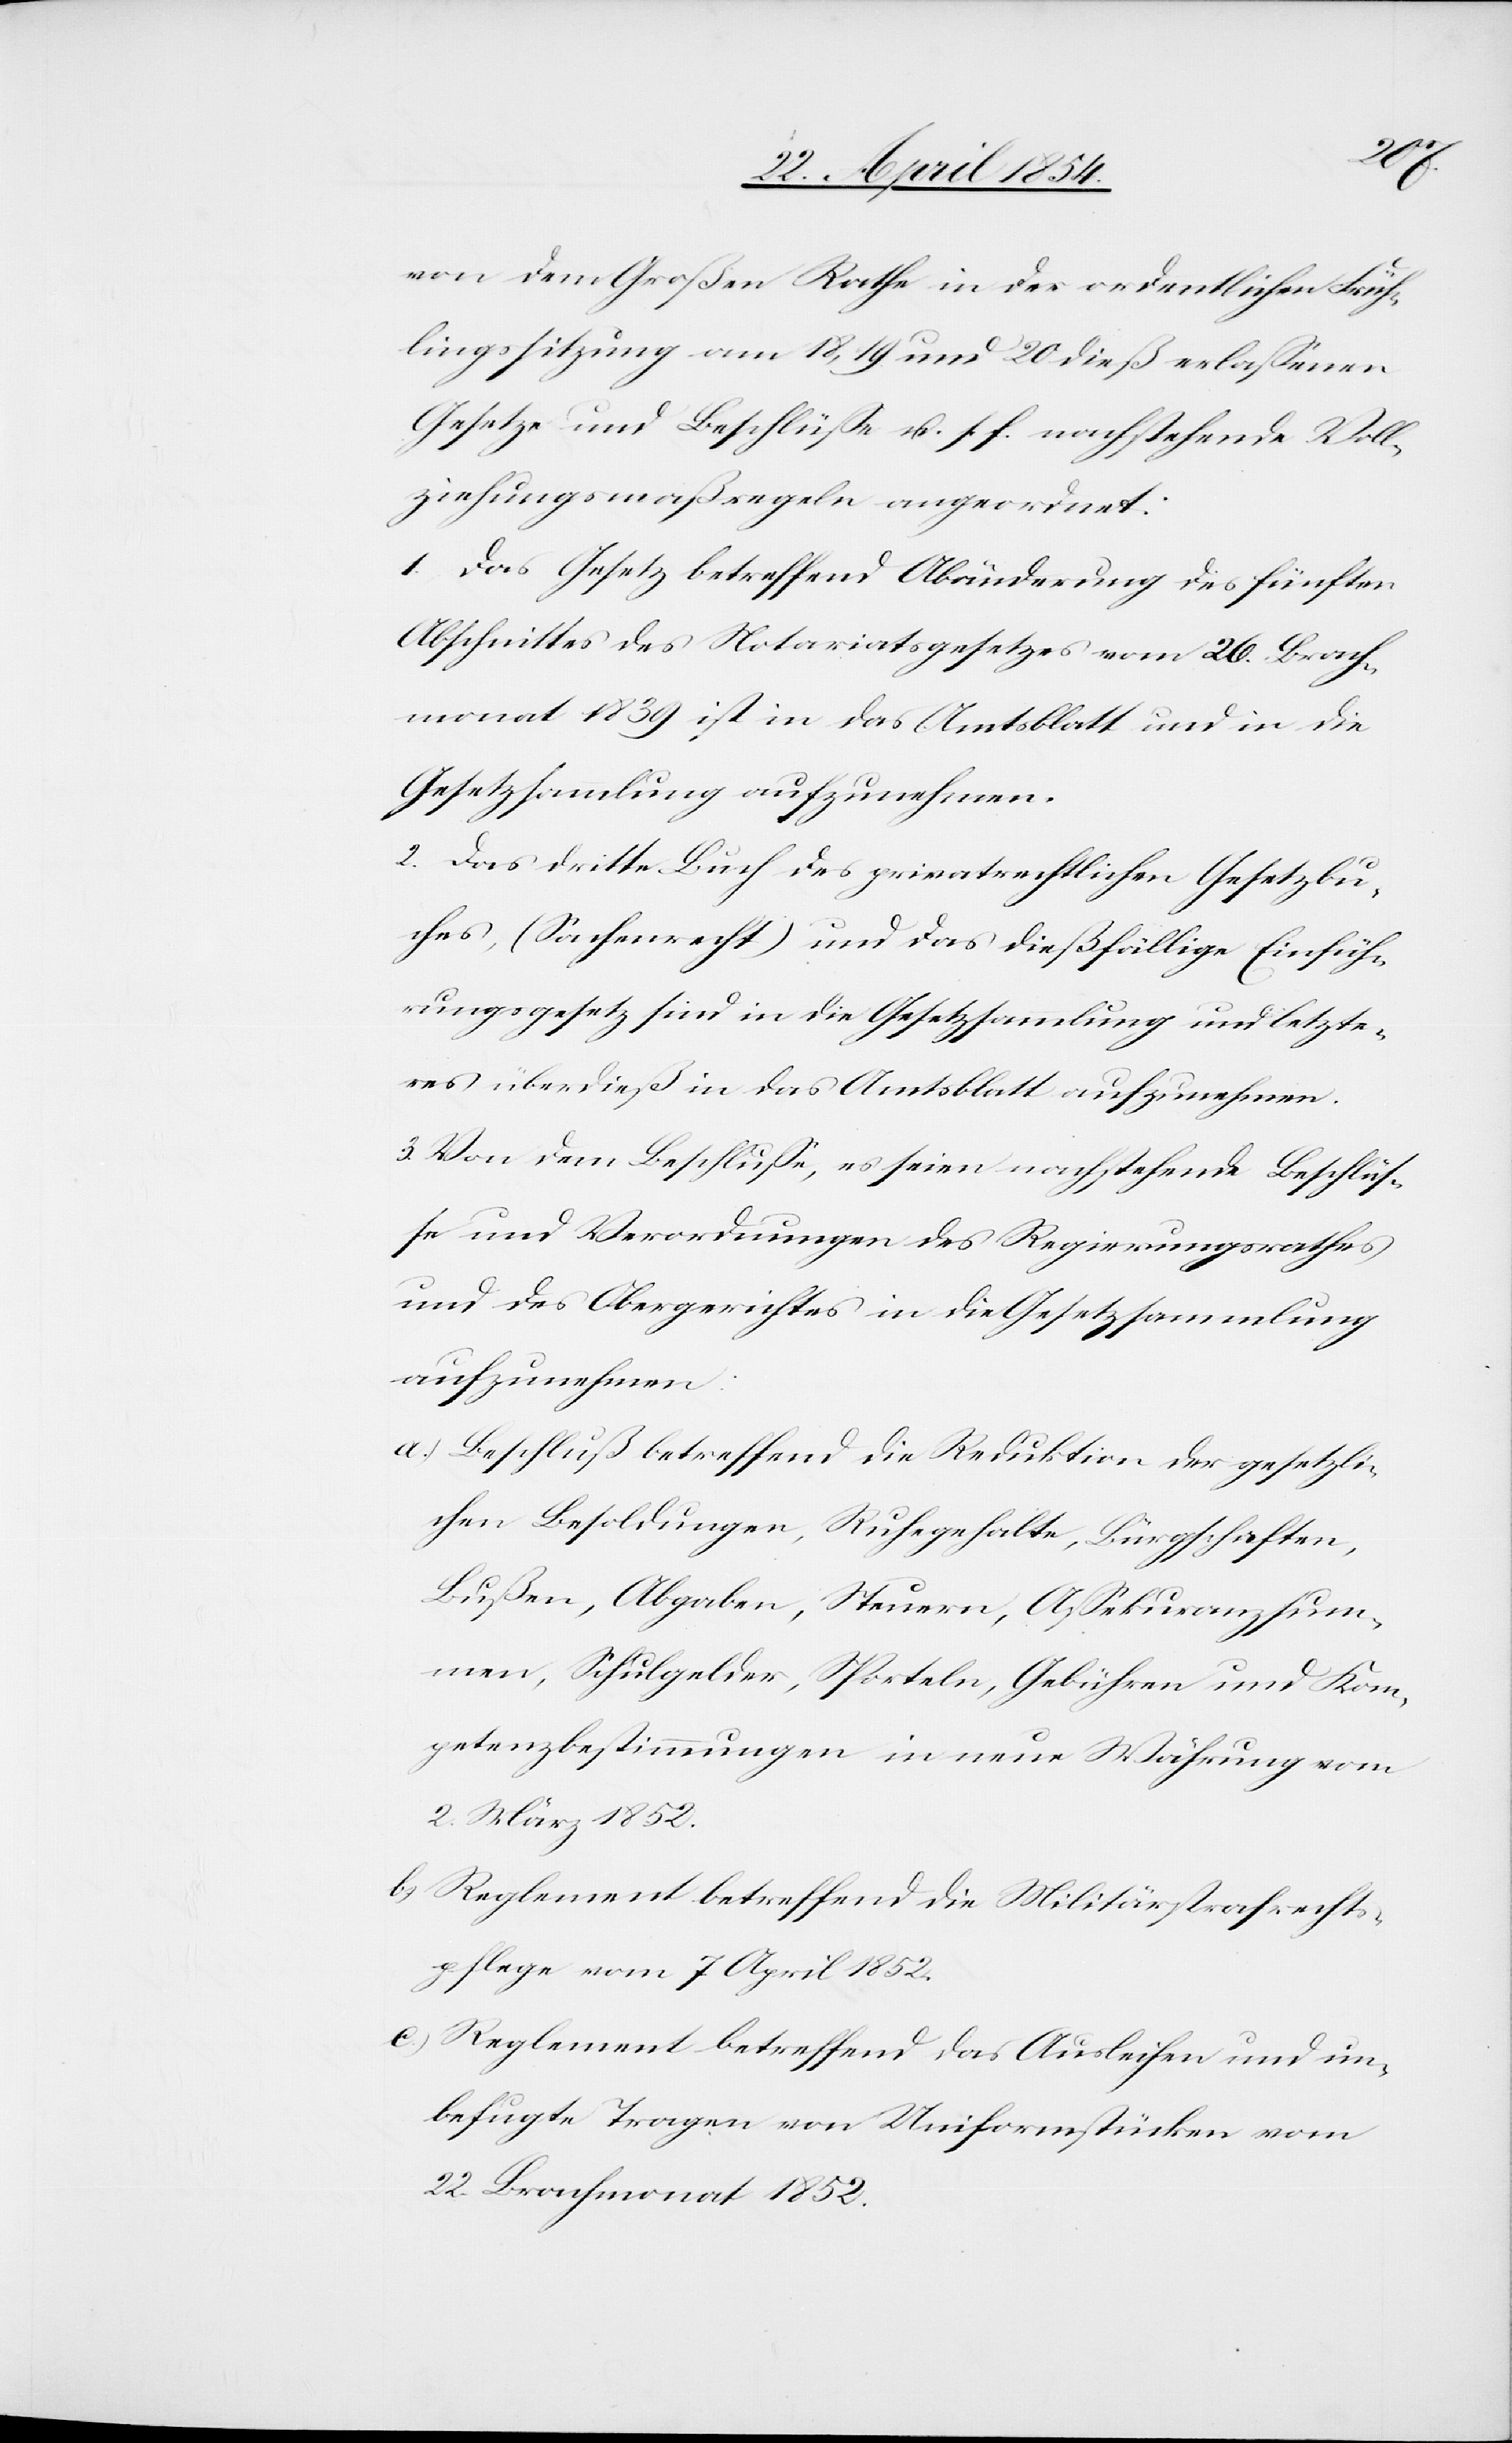
von dem Großen Rathe in der ordentlichen Früh¬
lingssitzung am 18, 19 und 20 dieß erlaßenen
Gesetze und Beschlüße u. s. f. nachstehende Voll¬
ziehungsmaßregeln angeordnet:
1. Das Gesetz betreffend Abänderung des fünften
Abschnittes des Notariatsgesetzes vom 26. Brach¬
monat 1839 ist in das Amtsblatt und in die
Gesetzsammlung aufzunehmen.
2. Das dritte Buch des privatrechtlichen Gesetzbu¬
ches, (Sachenrecht) und das dießfällige Einfüh¬
rungsgesetz sind in die Gesetzsammlung und letzte¬
res überdieß in das Amtsblatt aufzunehmen.
3. Von dem Beschluße, es seien nachstehende Beschlüß¬
e und Verordnungen des Regierungsrathes
und des Obergerichtes in die Gesetzsammlung
aufzunehmen:
a.) Beschluß betreffend die Reduktion der gesetzli¬
chen Besoldungen, Ruhegehalte, Bürgschaften,
Bußen, Abgaben, Steuern, Aßekuranzsum¬
men, Schulgelder, Sporteln, Gebühren und Kom¬
petenzbestimmungen in neue Währung vom
2. März 1852.
b.) Reglement betreffend die Militärstrafrechts¬
pflege vom 7. April 1852.
c.) Reglement betreffend das Ausleihen und un¬
befugte Tragen von Uniformstücken vom
22. Brachmonat 1852.